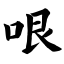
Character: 哏